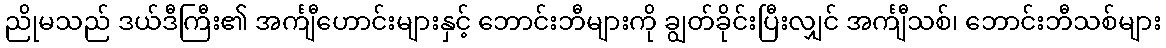
ညိုမသည် ဒယ်ဒီကြီး၏ အင်္ကျီဟောင်းများနှင့် ဘောင်းဘီများကို ချွတ်ခိုင်းပြီးလျှင် အင်္ကျီသစ်၊ ဘောင်းဘီသစ်များ